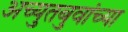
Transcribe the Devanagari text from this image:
अच्युतबुवांच्या